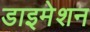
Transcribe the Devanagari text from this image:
डाइमेशन